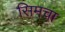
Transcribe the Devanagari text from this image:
सिमचा